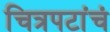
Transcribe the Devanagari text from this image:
चित्रपटांचं